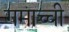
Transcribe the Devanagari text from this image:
गमाच्ची